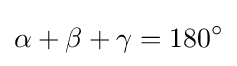
\alpha +\beta +\gamma =180^{\circ }